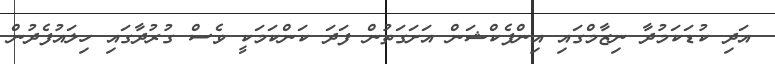
އަދި ކުޑަކަމުދާ ނިޒާމްގައި އިންފެކްޝަން އަށަގަތުން ފަދަ ކަންކަމަކީ ވެސް ގުރުދާގައި ހިލައުފެދުން